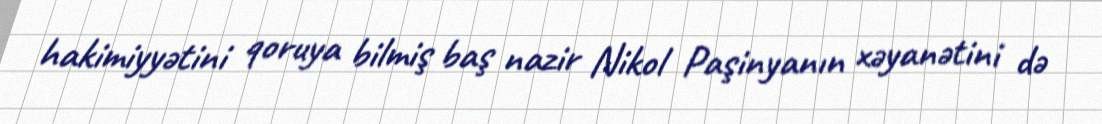
hakimiyyətini qoruya bilmiş baş nazir Nikol Paşinyanın xəyanətini də